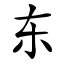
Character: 东